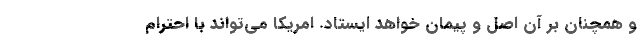
و همچنان بر آن اصل و پیمان خواهد ایستاد. امریکا می‌تواند با احترام